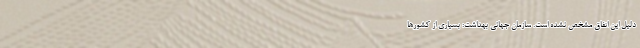
دلیل این اتفاق مشخص نشده است. سازمان جهانی بهداشت: بسیاری از کشورها